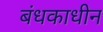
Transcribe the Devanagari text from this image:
बंधकाधीन